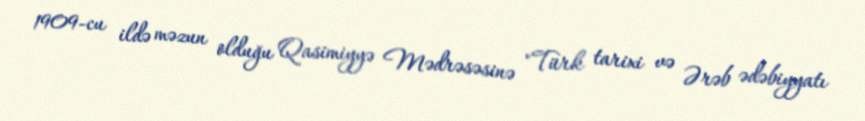
1909-cu ildə məzun olduğu Qasimiyyə Mədrəsəsinə "Türk tarixi və Ərəb ədəbiyyatı